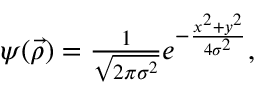
\begin{array} { r } { \psi ( \vec { \rho } ) = \frac { 1 } { \sqrt { 2 \pi \sigma ^ { 2 } } } e ^ { - \frac { x ^ { 2 } + y ^ { 2 } } { 4 \sigma ^ { 2 } } } , } \end{array}